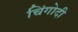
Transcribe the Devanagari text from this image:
चिंगोदी